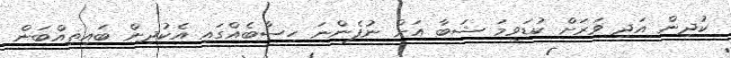
ކުދިން އަދި ވަރަށް ކުޑަވީމަ ޝަބާ އަށް ނުފެންނަ ހިސާބެއްގައި އެކުދިން ބައިތިއްބަން